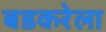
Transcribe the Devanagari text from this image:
बडकरेला